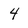
Character: 4